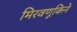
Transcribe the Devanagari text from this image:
मिरवणूकिने